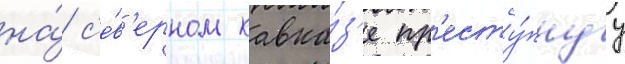
на́ с'е́в'ерном кавка́з'е пр'есту́пнуу